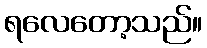
ရလေတော့သည်။